Notes on the propagation and cultivation of the medicinal cinchonas, or Peruvian bark trees
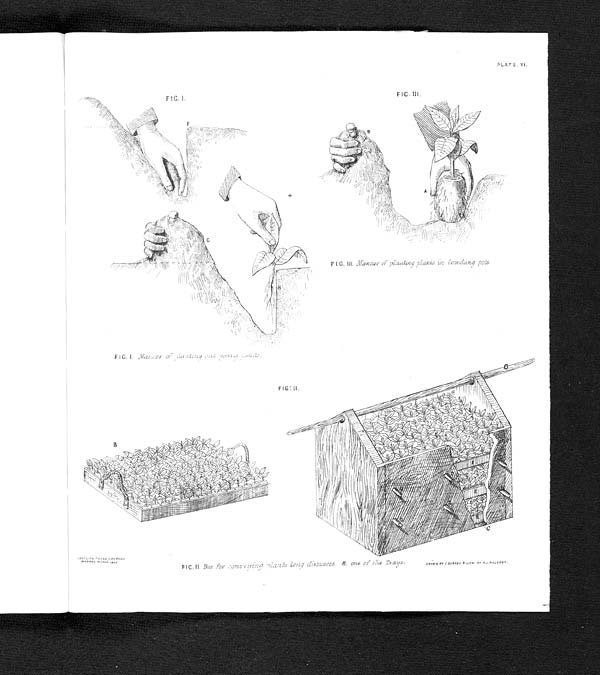
PLATE. VI.
FIG. III. Manner of planting plants in. Cowdung pots
FIG. I. Manner of planting out, young plants .
FIG: II.
FIG. Box for conveying Plants long
distances. B. . one of the TrayS•
DRAWN BY J SUARES LITH:BY Rj.BALOREY